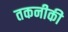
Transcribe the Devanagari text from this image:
तकनीकी